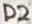
Text: D2